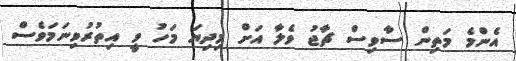
އެންމެ މަތިން ސާވިސް ޗާޖު ވެލާ އަށް މިދިޔަ މަހު ވީ އިތުރުވިނަމަވެސް